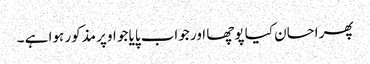
پھر احسان کیا پوچھا اور جواب پایا جو اوپر مذکور ہوا ہے ۔